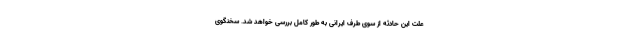
علت این حادثه از سوی طرف ایرانی به طور کامل بررسی خواهد شد. سخنگوی